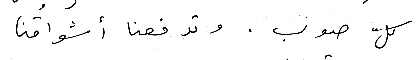
كلّ صوب . وتدفعنا أشواقُنا